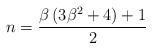
LaTeX: \begin{align*}n=\frac{\beta\left(3\beta^{2}+4\right)+1}{2}\end{align*}